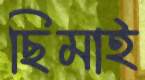
ছিমাই